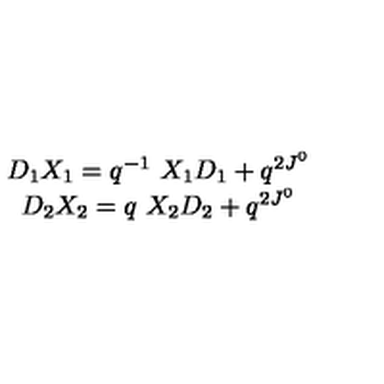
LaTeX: \begin{array} { c } { D _ { 1 } X _ { 1 } = q ^ { - 1 } \ X _ { 1 } D _ { 1 } + q ^ { 2 J ^ { 0 } } } \\ { D _ { 2 } X _ { 2 } = q \ X _ { 2 } D _ { 2 } + q ^ { 2 J ^ { 0 } } } \\ \end{array}